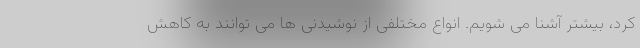
کرد، بیشتر آشنا می شویم. انواع مختلفی از نوشیدنی ها می توانند به کاهش